Civil Veterinary Department. Central Provinces & Berar 1925-31 - 1925-1931
Year: 1925
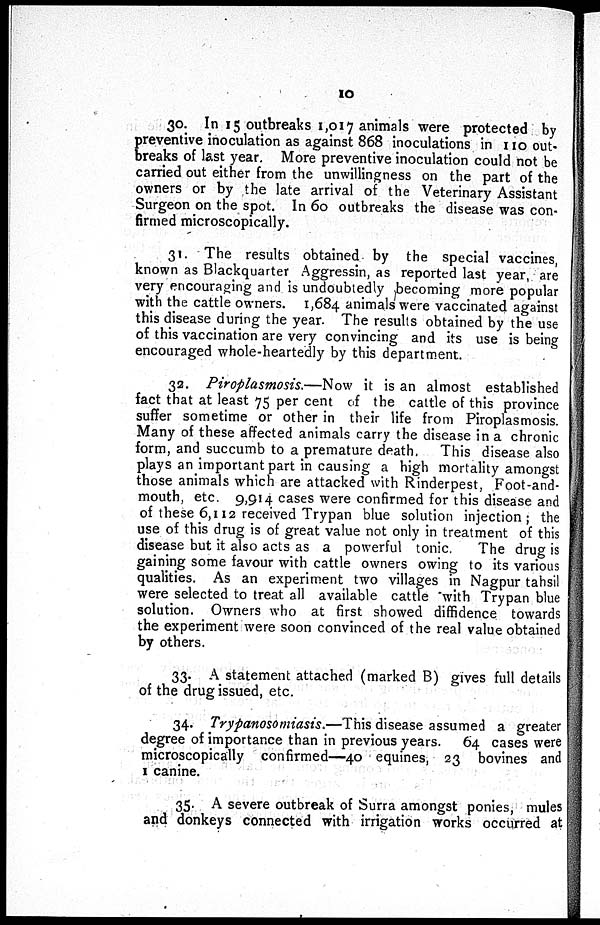
10
30. In 15 outbreaks 1,017 animals were protected by
preventive inoculation as against 868 inoculations in 110 out-
breaks of last year. More preventive inoculation could not be
carried out either from the unwillingness on the part of the
owners or by the late arrival of the Veterinary Assistant
Surgeon on the spot. In 60 outbreaks the disease was con-
firmed microscopically.
31. The results obtained by the special vaccines,
known as Blackquarter Aggressin, as reported last year, are
very encouraging and is undoubtedly becoming more popular
with the cattle owners. 1,684 animals were vaccinated against
this disease during the year. The results obtained by the use
of this vaccination are very convincing and its use is being
encouraged whole-heartedly by this department.
32. Piroplasmosis.—Now it is an almost established
fact that at least 75 per cent of the cattle of this province
suffer sometime or other in their life from Piroplasmosis.
Many of these affected animals carry the disease in a chronic
form, and succumb to a premature death. This disease also
plays an important part in causing a high mortality amongst
those animals which are attacked with Rinderpest, Foot-and-
mouth, etc. 9,914 cases were confirmed for this disease and
of these 6,112 received Trypan blue solution injection; the
use of this drug is of great value not only in treatment of this
disease but it also acts as a powerful tonic.
The drug is
gaining some favour with cattle owners owing to its various
qualities. As an experiment two villages in Nagpur tahsil
were selected to treat all available cattle with Trypan blue
solution. Owners who at first showed diffidence towards
the experiment were soon convinced of the real value obtained
by others.
33. A statement attached (marked B) gives full details
of the drug issued, etc.
34. Trypanosomiasis.—This disease assumed a greater
degree of importance than in previous years. 64 cases were
microscopically confirmed—40 equines, 23 bovines and
1 canine.
35. A severe outbreak of Surra amongst ponies, mules
and donkeys connected with irrigation works occurred at